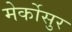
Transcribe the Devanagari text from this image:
मेर्कोसुर